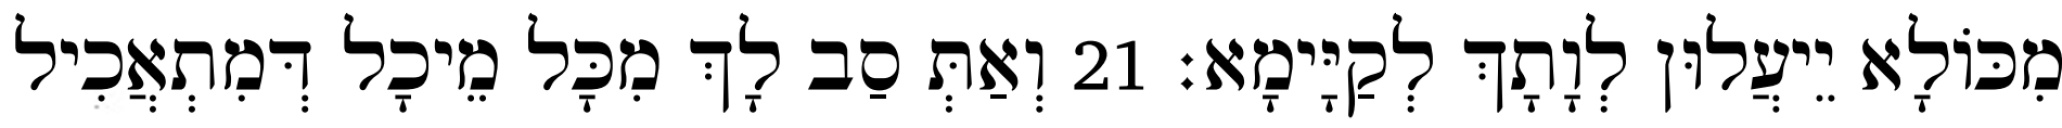
מִכּוֹלָא יֵיעֲלוּן לְוָתָךְ לְקַיָּימָא׃ 21 וְאַתְּ סַב לָךְ מִכָּל מֵיכָל דְּמִתְאֲכִיל